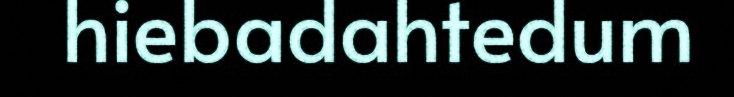
hiebadahtedum